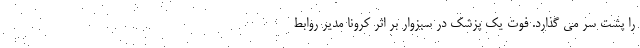
را پشت سر می گذارد. فوت یک پزشک در سبزوار بر اثر کرونا مدیر روابط